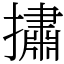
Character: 㩋